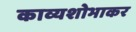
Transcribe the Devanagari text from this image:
काव्यशोभाकर